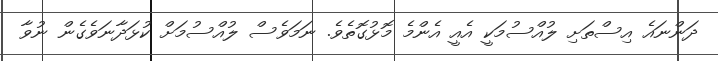
ދަންނައެ އިސްތަށި ލުއްސުމަކީ އެއީ އެންމެ މޮޅުގޮތެވެ. ނަމަވެސް ލުއްސުމަށް ކުޅަދާނަވެެގެން ނުވާ